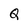
Character: Q